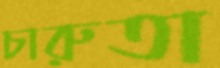
চারুতা